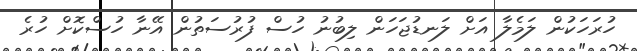
ހުރަހަކުން ލަމެލާ އަށް ލަނޑުޖަހަން ލިބުނު ހުސް ފުރުސަތުން އޭނާ ހުސްކޮށް ހުރެ